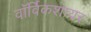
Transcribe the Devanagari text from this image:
वॉर्विकशायर